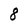
Character: 8